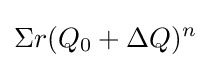
\Sigma r(Q_{0}+\Delta Q)^{n}